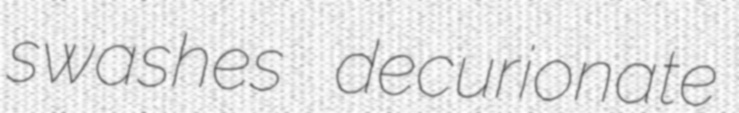
swashes decurionate